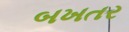
બખતર